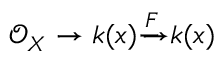
{ \mathcal { O } } _ { X } \to k ( x ) { \xrightarrow { \overset { } { F } } } k ( x )